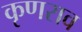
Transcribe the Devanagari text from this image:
कृणराव